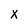
Character: X